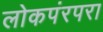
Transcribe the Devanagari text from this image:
लोकपंरपरा